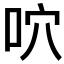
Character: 𠱇